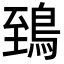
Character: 鵄